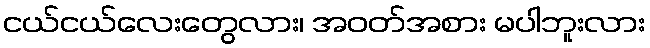
ငယ်ငယ်လေးတွေလား၊ အဝတ်အစား မပါဘူးလား